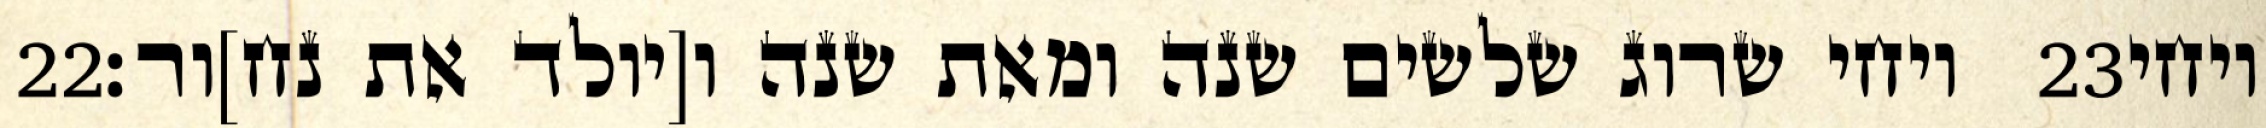
‎22‏ ויחי שרוג שלשים שנה ומאת שנה ו[יולד את נח]ור׃ ‎23‏ ויחי